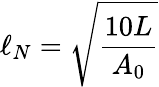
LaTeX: \ell_{N}=\sqrt{\frac{10L}{A_{0}}}